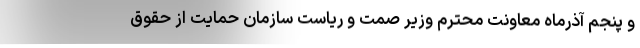
و پنجم آذرماه معاونت محترم وزیر صمت و ریاست سازمان حمایت از حقوق